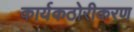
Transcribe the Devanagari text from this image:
कार्यकठोरीकरण